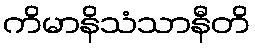
ကိမာနိသံသာနီတိ